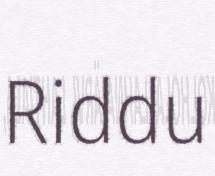
Riddu